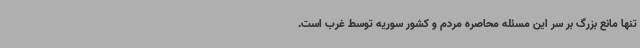
تنها مانع بزرگ بر سر این مسئله محاصره مردم و کشور سوریه توسط غرب است.